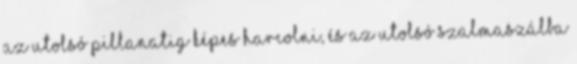
az utolsó pillanatig képes harcolni, és az utolsó szalmaszálba